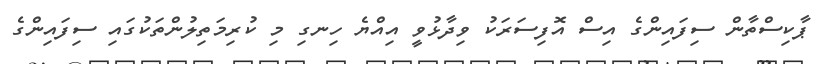
ޕާކިސްތާން ސިފައިންގެ އިސް އޮފިސަރަކު ވިދާޅުވީ އިއްޔެ ހިނގި މި ކުރިމަތިލުންތަކުގައި ސިފައިންގެ